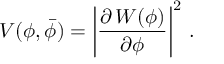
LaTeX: V ( \phi , \bar { \phi } ) = \left| \frac { \partial \, { \cal W } ( \phi ) } { \partial \phi } \right| ^ { 2 } \, .